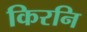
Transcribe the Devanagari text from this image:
किरनि